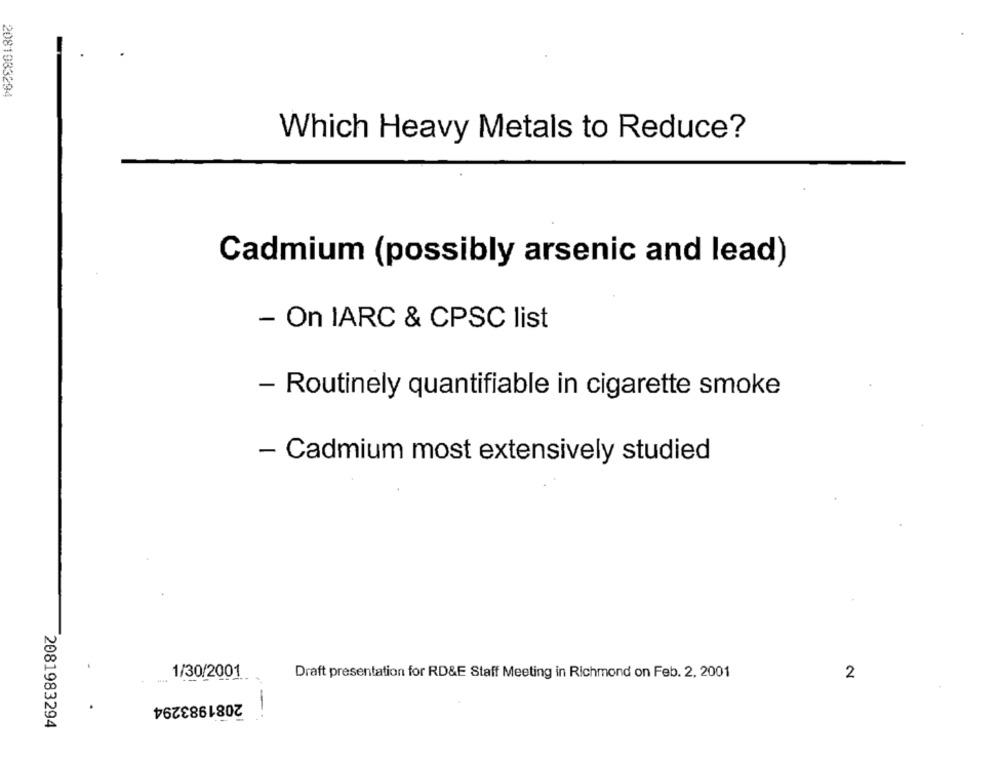
2081083294
Which Heavy Metals to Reduce?
Cadmium (possibly arsenic and lead)
- On IARC & CPSC list
- Routinely quantifiable in cigarette smoke
- Cadmium most extensively studied
1/30/2001
Draft presentation for RD&E Staff Meeting in Richmond on Feb. 2, 2001
2
2081983294
2081983294